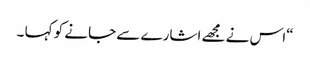
“اس نے مجھے اشارے سے جانے کو کہا ۔